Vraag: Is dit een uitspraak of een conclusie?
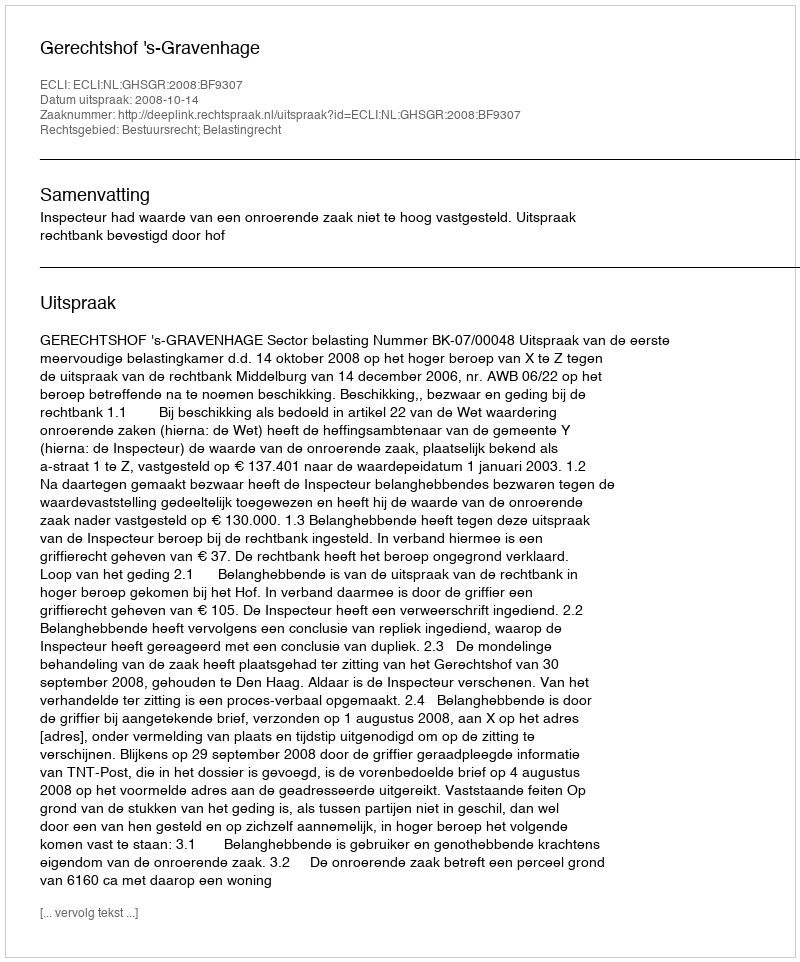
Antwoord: Uitspraak